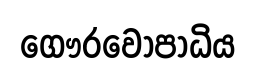
ගෞරවොපාධිය